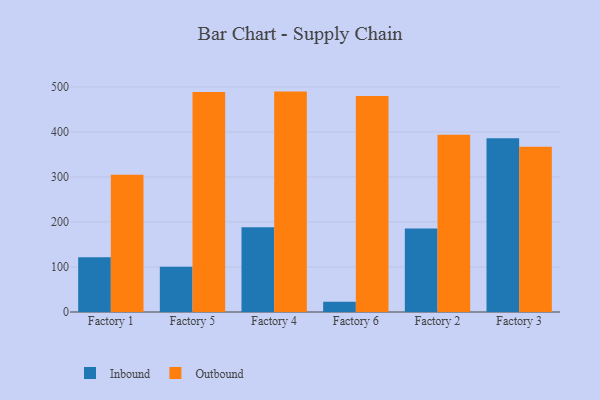
{"axis": {"x": "Factory", "y": "Population (Million)"}, "legend": ["Inbound", "Outbound"], "data": [{"x": "Factory 1", "y": 121.8, "type": "Inbound"}, {"x": "Factory 1", "y": 304.9, "type": "Outbound"}, {"x": "Factory 5", "y": 100.3, "type": "Inbound"}, {"x": "Factory 5", "y": 488.7, "type": "Outbound"}, {"x": "Factory 4", "y": 188.2, "type": "Inbound"}, {"x": "Factory 4", "y": 489.5, "type": "Outbound"}, {"x": "Factory 6", "y": 22.9, "type": "Inbound"}, {"x": "Factory 6", "y": 479.8, "type": "Outbound"}, {"x": "Factory 2", "y": 185.7, "type": "Inbound"}, {"x": "Factory 2", "y": 393.7, "type": "Outbound"}, {"x": "Factory 3", "y": 386.1, "type": "Inbound"}, {"x": "Factory 3", "y": 366.8, "type": "Outbound"}]}